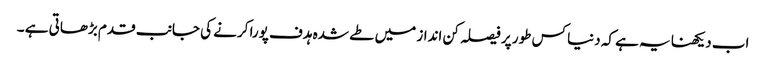
اب دیکھنا یہ ہے کہ دنیا کس طور پر فیصلہ کن انداز میں طے شدہ ہدف پورا کرنے کی جانب قدم بڑھاتی ہے ۔